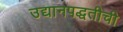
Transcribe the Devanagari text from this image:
उद्यानपद्धतीची